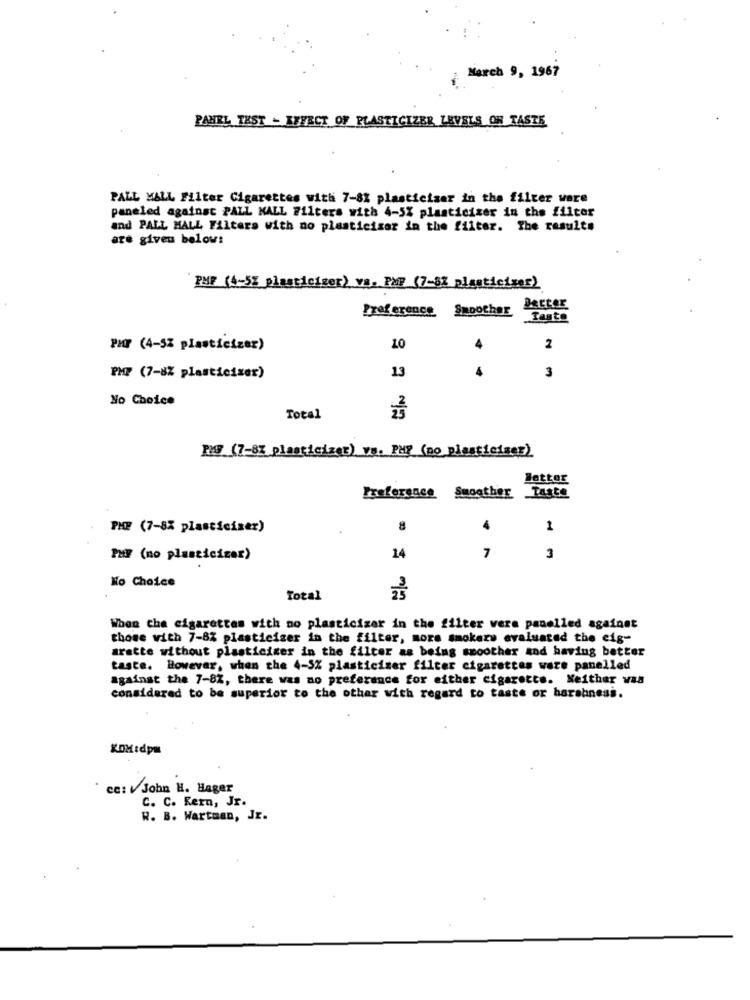
March 9, 1967
PANEL TEST - EFFECT OF PLASTICIZER LEVELS OF TASTE
PALL MALL Filter Cigarettes with 7-8% plasticiser in the filter were
paneled against PALL MALL 711ters with 4-5% plasticizer in the filter
and PALL MALL Filters with no plasticiser in the filter. The result#
are given below:
PMF (4-5% plasticiger) vs. PMP (7-8% plasticiser)
Preference Smoother Better
Tasto
PHP (4-5% plasticizer)
10
2
3
PMP (7-8% plasticizer)
13
No Choice
Total
PS (7-87 plasticizer) ve. PHP (no plasticiscr)
Better
Freference Smoother Taste
PHP (7-8% plasticiser)
8
4
1
7
PMF (no plasticizer)
14
3
No Choice
Total
When che cigarettes with no plasticizer in the filter vera panelled against
those with 7-8% plasticiger in the filter, mors smokers evaluated the eig-
arette without plasticiger in the filter as being smoother and having better
taste. However, when the 4-5% plasticizer filter cigarettes were panelled
against the 7-8Z, there was no preference for either cigarette. Neither was
considered to be superior to the other with regard to taste or harshness.
KOMIdpm
ce: John H. Hager
C. C. Kern, Jr.
W. B. Wartman, Jr.